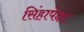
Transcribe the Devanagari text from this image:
सिंहापेक्षा